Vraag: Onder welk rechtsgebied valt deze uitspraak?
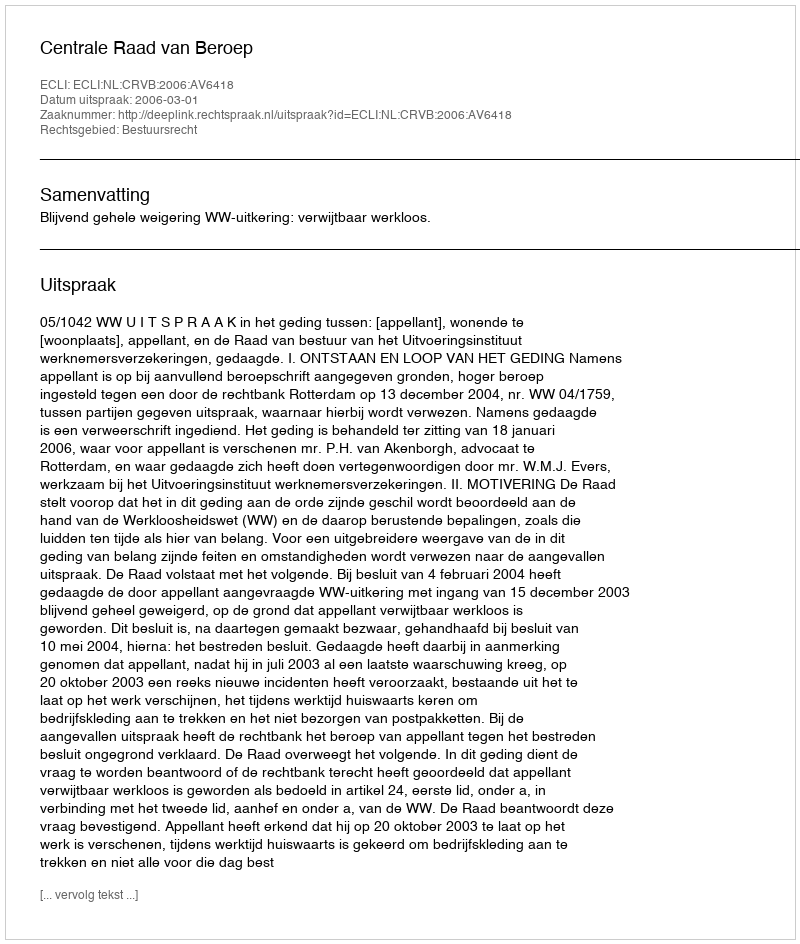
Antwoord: Bestuursrecht